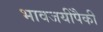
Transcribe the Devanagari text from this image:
भावजयींपैकी